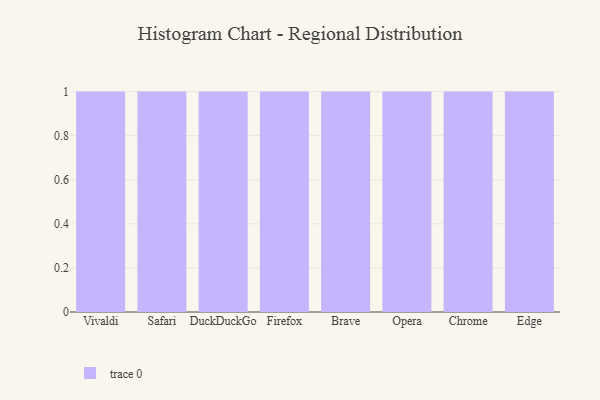
{"axis": {"x": "Browser", "y": "Bounce Rate (%)"}, "legend": [""], "data": [{"x": "Vivaldi", "y": 16, "type": ""}, {"x": "Safari", "y": 20, "type": ""}, {"x": "DuckDuckGo", "y": 38, "type": ""}, {"x": "Firefox", "y": 60, "type": ""}, {"x": "Brave", "y": 53, "type": ""}, {"x": "Opera", "y": 77, "type": ""}, {"x": "Chrome", "y": 38, "type": ""}, {"x": "Edge", "y": 77, "type": ""}]}